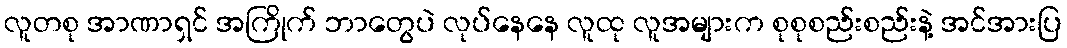
လူတစု အာဏာရှင် အကြိုက် ဘာတွေပဲ လုပ်နေနေ လူထု လူအများက စုစုစည်းစည်းနဲ့ အင်အားပြ